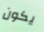
يكون